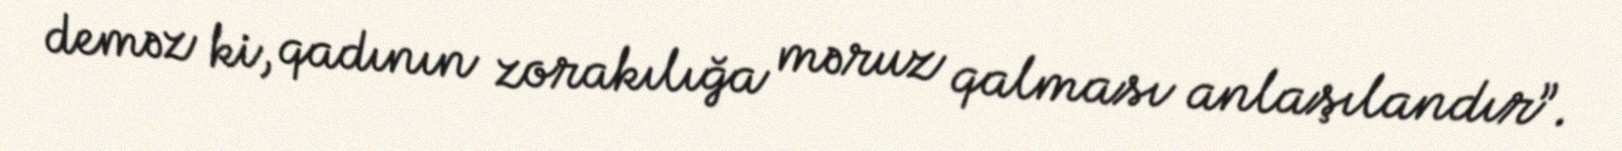
deməz ki, qadının zorakılığa məruz qalması anlaşılandır”.